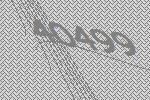
40499